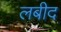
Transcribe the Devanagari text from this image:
लबीद